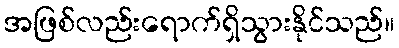
အဖြစ်လည်းရောက်ရှိသွားနိုင်သည်။